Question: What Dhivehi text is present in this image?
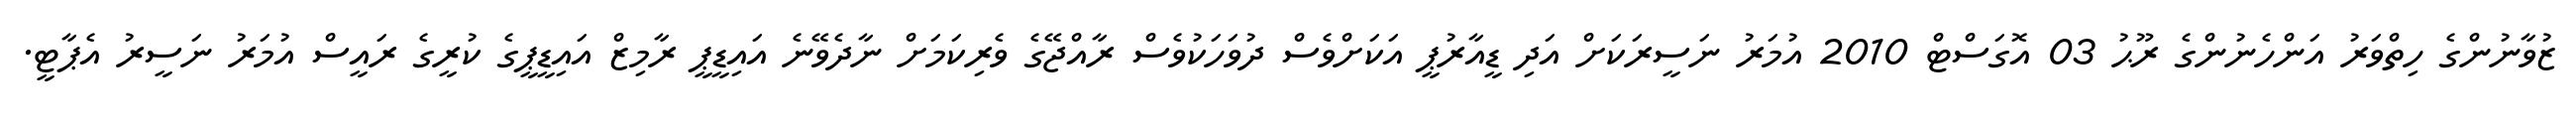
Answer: ޒުވާނުންގެ ހިތްވަރު އަންހެނުންގެ ރޫޙު 03 އޮގަސްޓް 2010 އުމަރު ނަސީރަކަށް އަދި ޑީއާރުޕީ އަކަށްވެސް ދުވަހަކުވެސް ރާއްޖޭގެ ވެރިކަމަށް ނާދެވޭނެ އައިޑީޕީ ރާމިޒް އައިޑީޕީގެ ކުރީގެ ރައީސް އުމަރު ނަސީރު އެޕާޓީ.